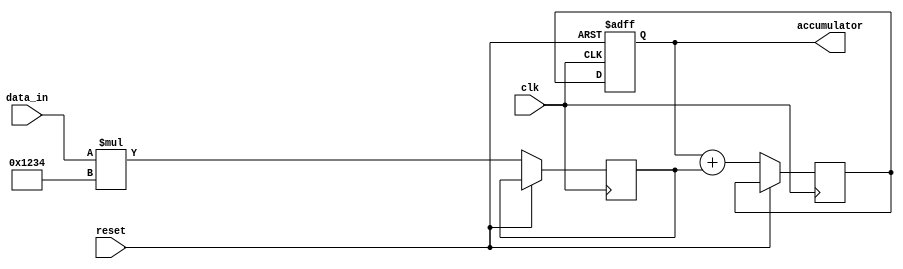
module fir_filter_accumulator(input clk, input reset, input signed [15:0] data_in, output reg signed [31:0] accumulator);

reg signed [15:0] multiplier_out;
reg signed [31:0] adder_out;

always @(posedge clk or posedge reset) begin
  if (reset) begin
    accumulator <= 0;
  end else begin
    multiplier_out <= data_in * 16'h1234; // Example multiplier value
    adder_out <= accumulator + multiplier_out;

    accumulator <= adder_out;
  end
end

endmodule